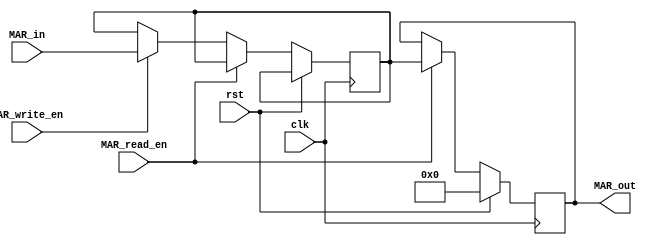
module MAR(MAR_read_en, MAR_write_en, clk, rst, MAR_in, MAR_out);

input MAR_read_en, MAR_write_en, clk, rst;
input[12:0] MAR_in;
output[12:0] MAR_out;
reg [12:0] MAR_out, MAR;


always @ (posedge clk)
	begin
		if(rst) //Reset condition
			begin
				MAR_out<=13'd0;
			end
		else if(MAR_read_en) //Reading the MA value
			begin
				MAR_out<=MAR;
			end
		else if(MAR_write_en) //Writing onto MAR.
			begin
				MAR<=MAR_in;
			end
	end
endmodule